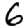
Digit: 6